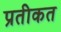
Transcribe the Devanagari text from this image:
प्रतीकत